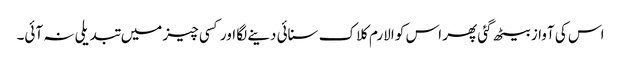
اس کی آواز بیٹھ گئی پھر اس کو الارم کلاک سنائی دینے لگا اور کسی چیز میں تبدیلی نہ آئی۔